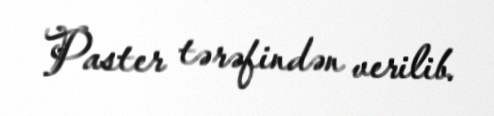
Paster tərəfindən verilib.